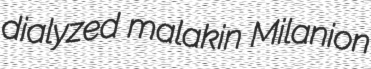
dialyzed malakin Milanion